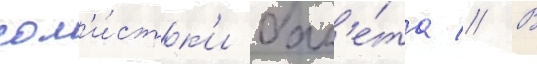
сол'и́стк'и бал'е́та // В